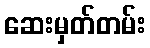
ဆေးမှတ်တမ်း